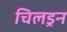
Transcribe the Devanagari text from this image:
चिलड्रन